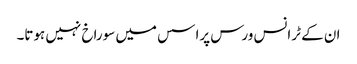
ان کے ٹرانس ورس پراسس میں سوراخ نہیں ہوتا۔